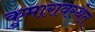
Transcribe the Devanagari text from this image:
कुमारावस्थेत